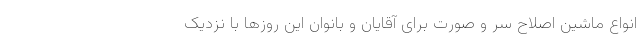
انواع ماشین اصلاح سر و صورت برای آقایان و بانوان این روزها با نزدیک